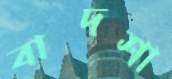
বাদশা